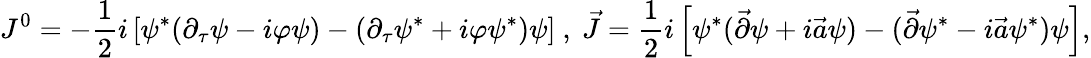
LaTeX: J^{0}=-\frac{1}{2}i\left[\psi^{*}(\partial_{\tau}\psi-i\varphi\psi)-(\partial_{\tau}\psi^{*}+i\varphi\psi^{*})\psi\right]\ ,\ \vec{J}=\frac{1}{2}i\left[\psi^{*}(\vec{\partial}\psi+i\vec{a}\psi)-(\vec{\partial}\psi^{*}-i\vec{a}\psi^{*})\psi\right],